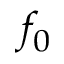
f _ { 0 }